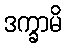
ဒက္ခာမိ